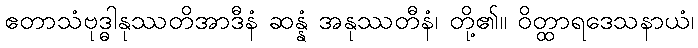
ဧတာသံဗုဒ္ဓါနုဿတိအာဒီနံ ဆန္နံ အနုဿတီနံ၊ တို့၏။ ဝိတ္ထာရဒေသနာယံ၊